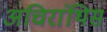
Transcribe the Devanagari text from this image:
अचिरांथिस